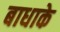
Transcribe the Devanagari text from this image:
बाधाके